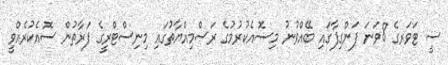
ސީ ޓަވަރގެ 8ވަނަ ފަންގިފާގައި ބޭއްވުނު މިސޮއެކުރުމުގެ ރަސްމިއްޔާތުގައި މިނިސްޓްރީގެ ފަރާތުން ސޮއެކުރެއްވީ